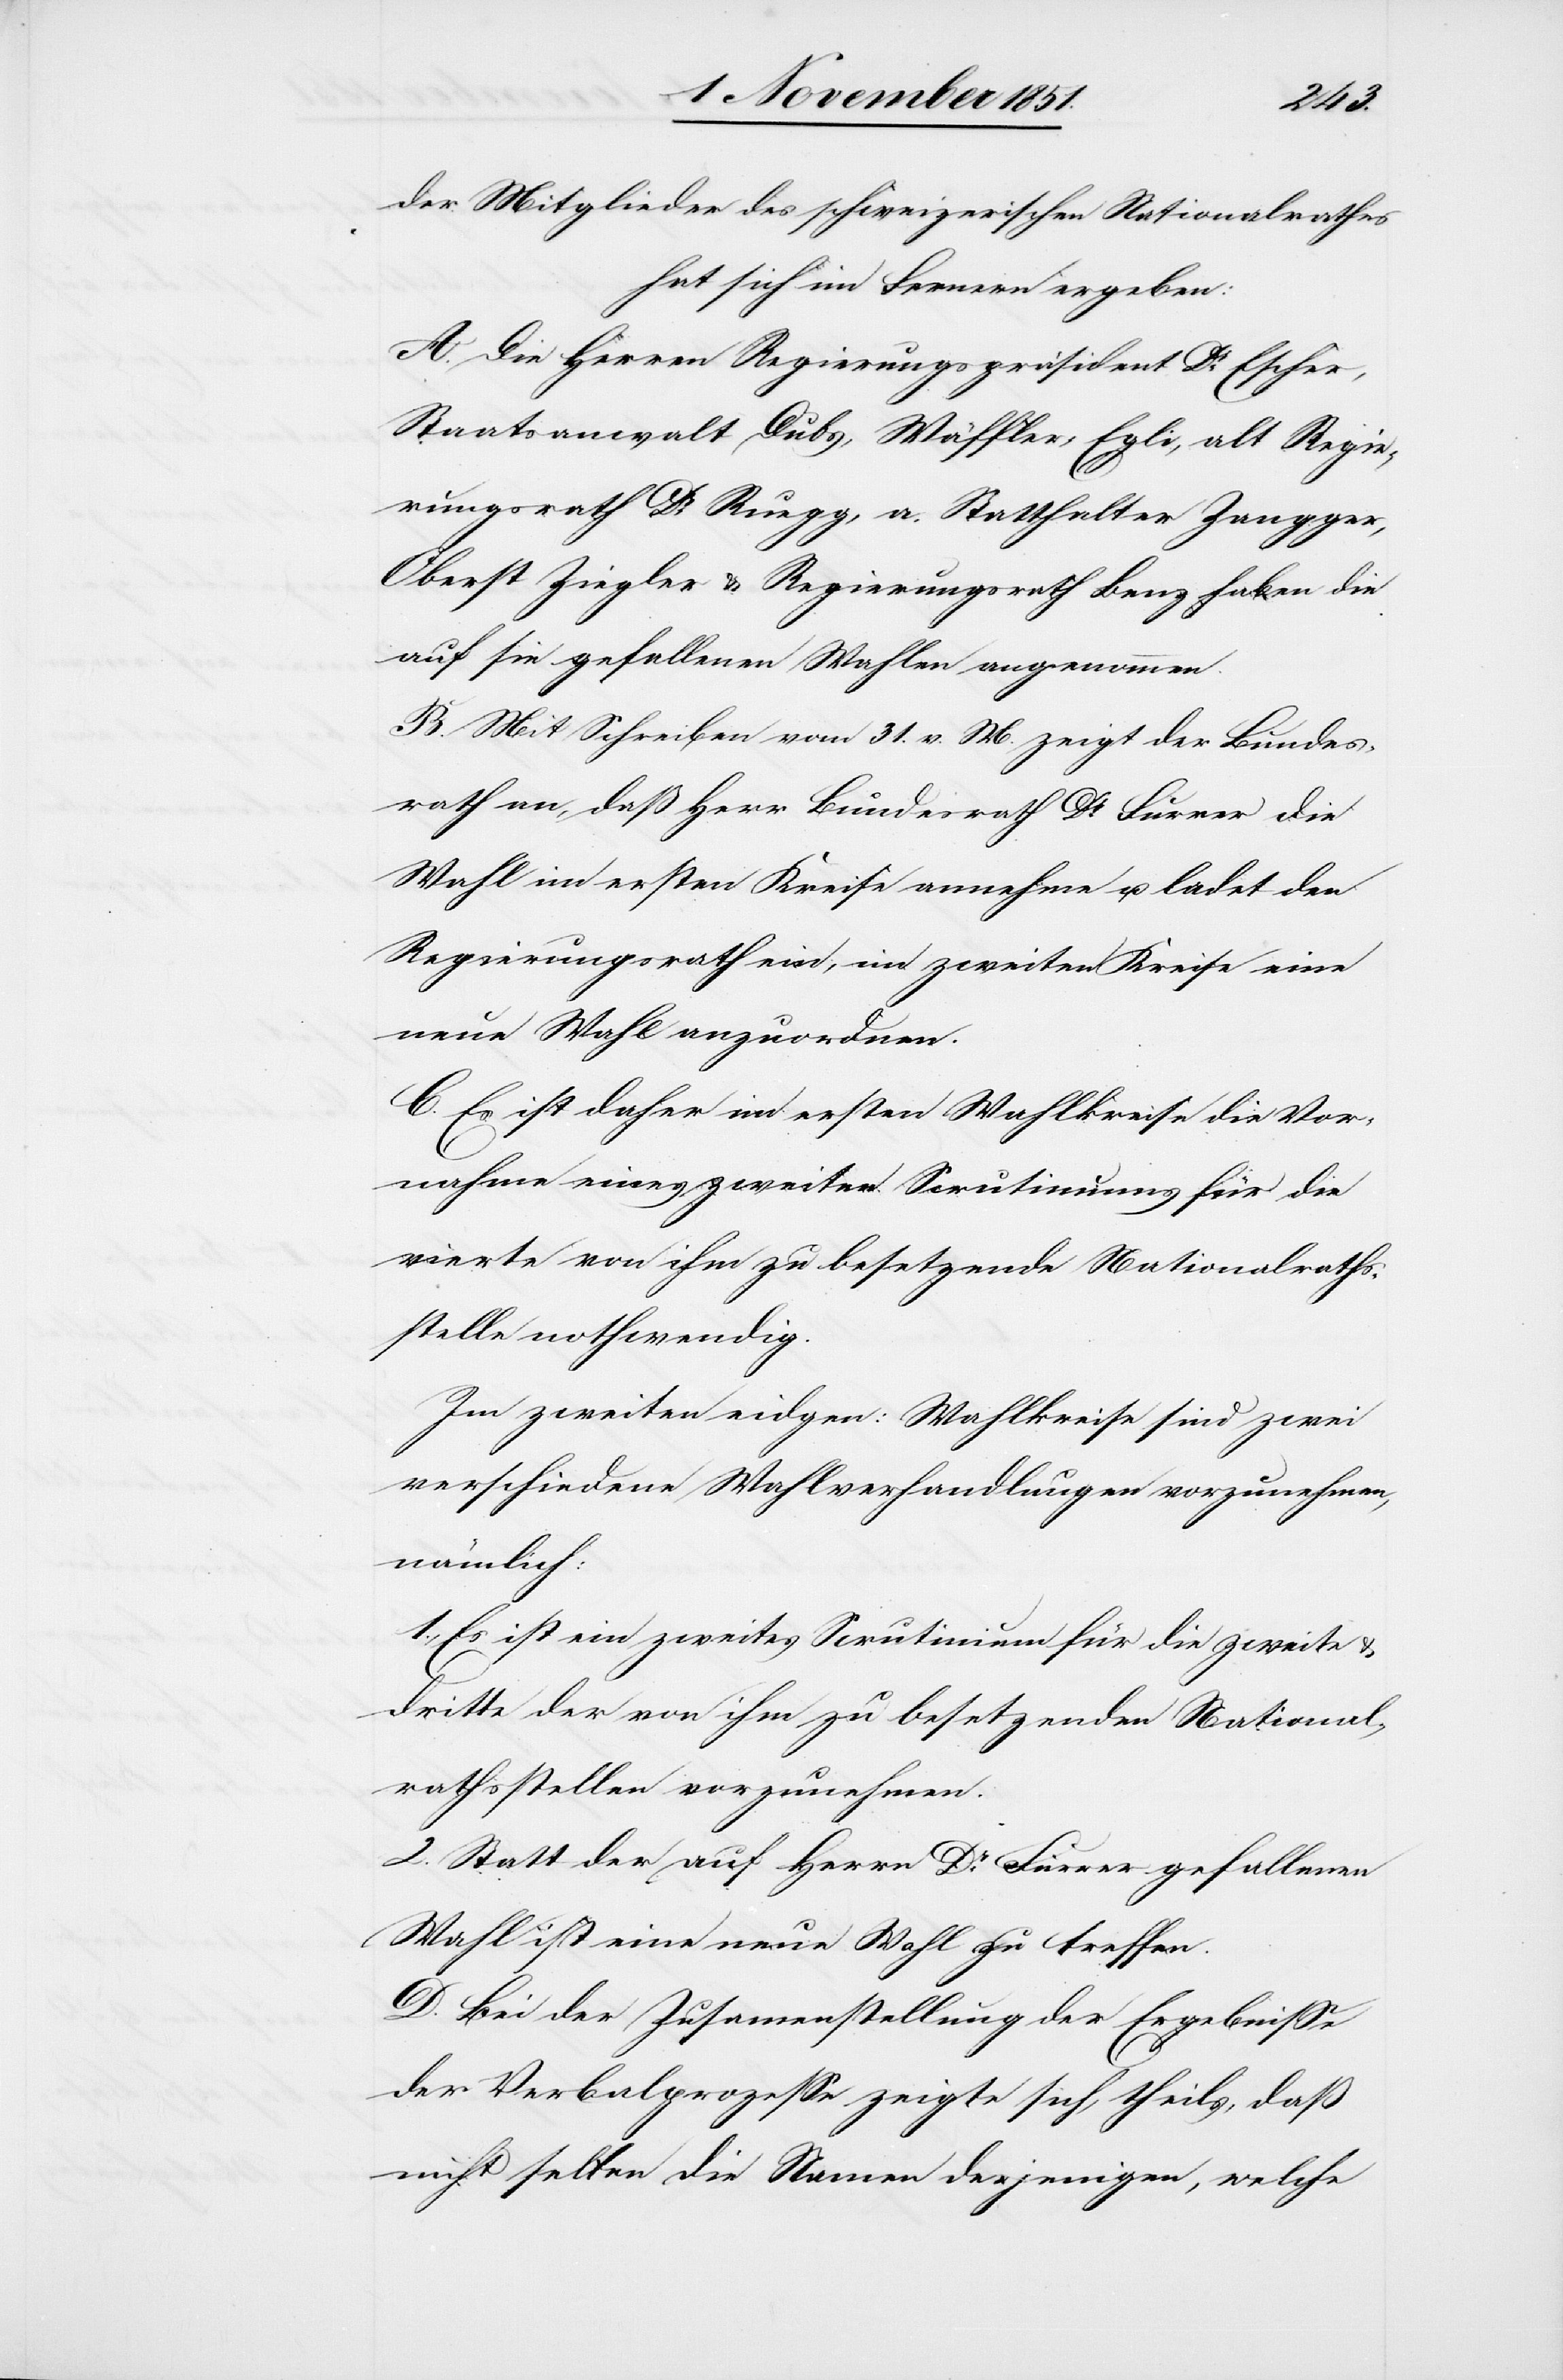
der Mitglieder des schweizerischen Nationalrathes
hat sich im Fernern ergeben:
A. Die Herren Regierungspräsident Dr Escher,
Staatsanwalt Dubs, Wäffler, Egli, alt Regie¬
rungsrath Dr Ruegg, a. Statthalter Zangger,
Oberst Ziegler & Regierungsrath Benz haben die
auf sie gefallenen Wahlen angenommen.
B. Mit Schreiben vom 31. v. M. zeigt der Bundes¬
rath an, daß Herr Bundesrath Dr Furrer die
Wahl im ersten Kreise annehme u. ladet den
Regierungsrath ein, im zweiten Kreise eine
neue Wahl anzuordnen.
C. Es ist daher im ersten Wahlkreise die Vor¬
nahme eines zweiten Scrutiniums für die
vierte von ihm zu besetzende Nationalraths¬
stelle nothwendig.
Im zweiten eidgen: Wahlkreise sind zwei
verschiedene Wahlverhandlungen vorzunehmen,
nämlich:
1., Es ist ein zweites Scrutinium für die zweite &
dritte der von ihm zu besetzenden National¬
rathsstellen vorzunehmen.
2. Statt der auf Herrn Dr Furrer gefallenen
Wahl ist eine neue Wahl zu treffen.
D. Bei der Zusam[m]enstellung der Ergebnisse
der Verbalprozesse zeigte sich, theils, daß
nicht selten die Namen derjenigen, welche